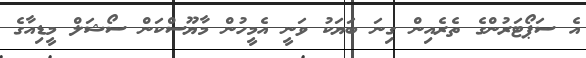
އެ ސަޕޯޓަރުންގެ ތެރެއިން ގިނަ ބަޔަކު ވަނީ އެމީހުން މާޔޫސްކަން ސޯޝަލް މީޑިއާގެ